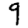
Digit: 9